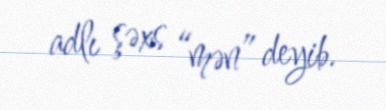
adlı şəxs “mən” deyib.